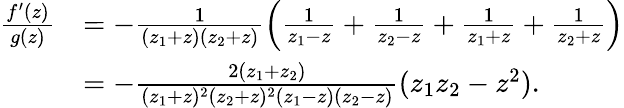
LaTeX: \begin{array}{rl}{\frac{f^{\prime}(z)}{g(z)}}&{=-\frac{1}{(z_{1}+z)(z_{2}+z)}\left(\frac{1}{z_{1}-z}+\frac{1}{z_{2}-z}+\frac{1}{z_{1}+z}+\frac{1}{z_{2}+z}\right)}\\ &{=-\frac{2(z_{1}+z_{2})}{(z_{1}+z)^{2}(z_{2}+z)^{2}(z_{1}-z)(z_{2}-z)}(z_{1}z_{2}-z^{2}).}\end{array}